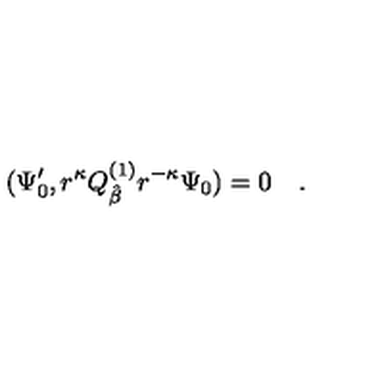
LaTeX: ( \Psi _ { 0 } ^ { \prime } , r ^ { \kappa } Q _ { \hat { \beta } } ^ { ( 1 ) } r ^ { - \kappa } \Psi _ { 0 } ) = 0 \quad .